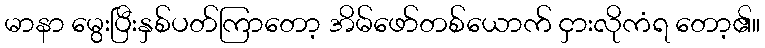
မာနာ မွေးပြီးနှစ်ပတ်ကြာတော့ အိမ်ဖော်တစ်ယောက် ငှားလိုကံရ တော့၏။